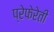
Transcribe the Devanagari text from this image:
प्रेफेरेती